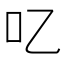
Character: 𠮙